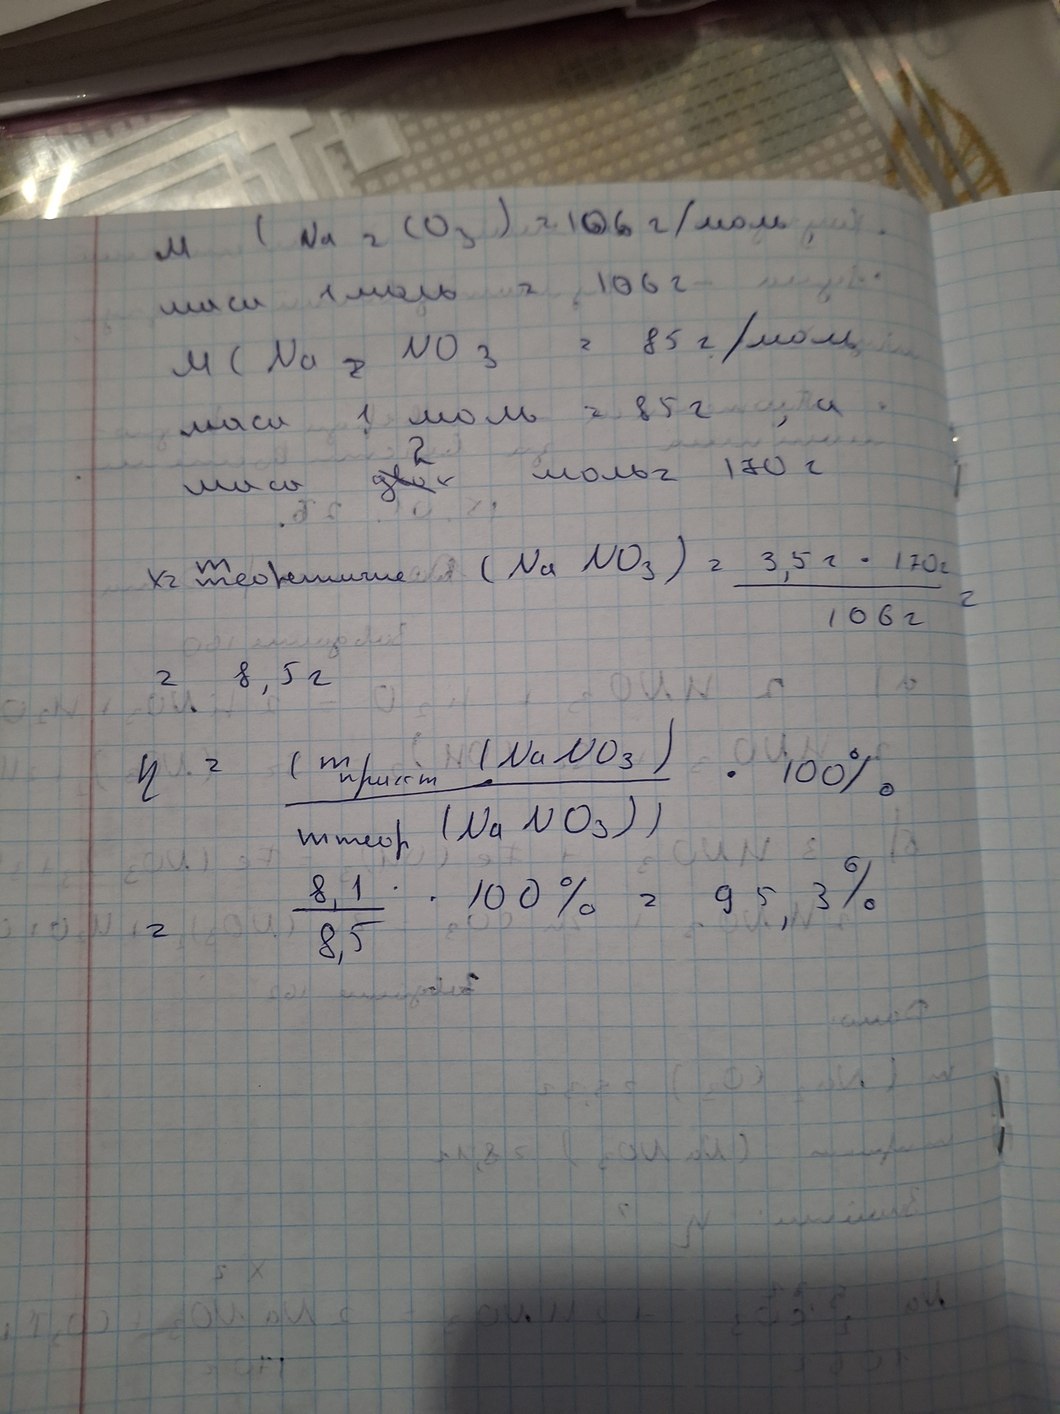
M (Na2CO3) = 106 г/моль.
маса 1 моль = 106г
m(NaNO3) = 85 г/моль
маса 1 моль = 85 г, а
маса ~~двох~~[2] моль=170г
х= теоретичне:  (Na NO_3) =(3,5 г -170г)/106=
=8,5г
= (т прикт (NaNo3))/ (т теор (NaNO3))*100%
= 8,1/8,5 * 100% = 95,3%